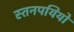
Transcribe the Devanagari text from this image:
स्तनपयियों